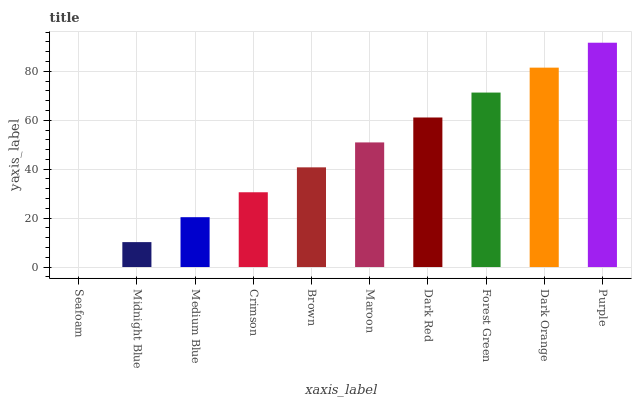
| xaxis_label | bars |
 | --- | --- |
 | Seafoam | 0 |
 | Midnight Blue | 10.2 |
 | Medium Blue | 20.4 |
 | Crimson | 30.6 |
 | Brown | 40.7 |
 | Maroon | 50.9 |
 | Dark Red | 61.1 |
 | Forest Green | 71.3 |
 | Dark Orange | 81.5 |
 | Purple | 91.7 |